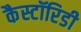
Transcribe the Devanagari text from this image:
कैस्टॉरिडी